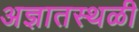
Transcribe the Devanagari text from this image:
अज्ञातस्थळी